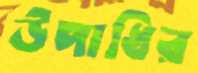
উপাধির